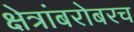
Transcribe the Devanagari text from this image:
क्षेत्रांबरोबरच